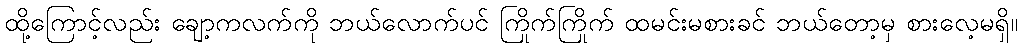
ထို့ကြောင့်လည်း ချော့ကလက်ကို ဘယ်လောက်ပင် ကြိုက်ကြိုက် ထမင်းမစားခင် ဘယ်တော့မှ စားလေ့မရှိ။